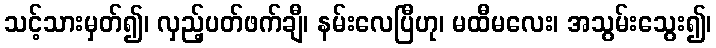
သင့်သားမှတ်၍၊ လှည့်ပတ်ဖက်ချီ၊ နမ်းလေပြီဟု၊ မထီမလေး၊ အသွမ်းသွေး၍၊